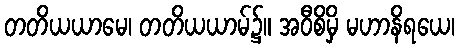
တတိယယာမေ၊ တတိယယာမ်၌။ အဝီစိမှိ မဟာနိရယေ၊